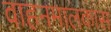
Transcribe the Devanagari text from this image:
वाहनमालकास